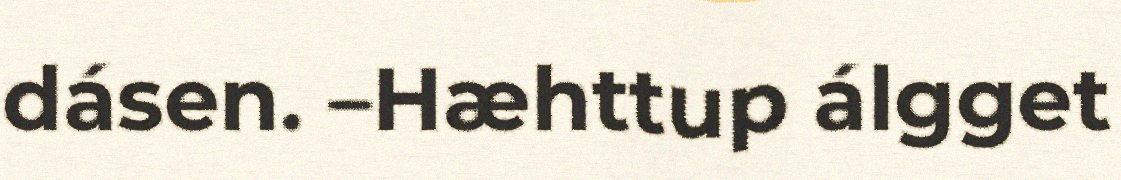
dásen. –Hæhttup álgget